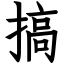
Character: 搞